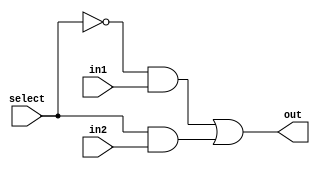
///////////////////////////////////////////
/// Design  : 2x1 Multiplexer
/// College	: Anna University, MIT campus
///////////////////////////////////////////

module Mux(out,in1,in2,select);
input in1,in2,select;
output out;
wire s1,s2,selectbar;
not(selectbar,select);
and(s1,selectbar,in1);
and(s2,select,in2);
or(out,s1,s2);
endmodule